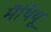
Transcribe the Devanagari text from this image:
मैथियू